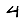
Digit: 4